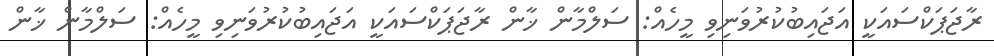
ރާޖަޕަކްސައަކީ އަޖައިބުކުރުވަނިވި މީހެއް: ސަލްމާން ޚާން ރާޖަޕަކްސައަކީ އަޖައިބުކުރުވަނިވި މީހެއް: ސަލްމާން ޚާން